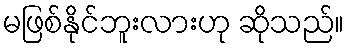
မဖြစ်နိုင်ဘူးလားဟု ဆိုသည်။